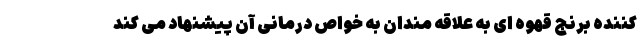
کننده برنج قهوه ای به علاقه مندان به خواص درمانی آن پیشنهاد می کند